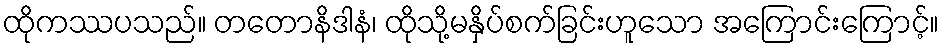
ထိုကဿပသည်။ တတောနိဒါနံ၊ ထိုသို့မနှိပ်စက်ခြင်းဟူသော အကြောင်းကြောင့်။